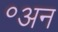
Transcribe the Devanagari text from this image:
॰अन